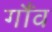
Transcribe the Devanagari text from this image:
गौंव